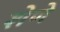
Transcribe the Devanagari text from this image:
शेणे